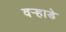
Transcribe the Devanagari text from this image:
वऱ्हाडे